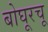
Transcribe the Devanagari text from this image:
बोघूरचू